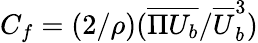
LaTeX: C_{f}=({2}/{\rho})({\overline{{\Pi U_{b}}}}/{\overline{{U}}_{b}^{3}})